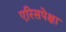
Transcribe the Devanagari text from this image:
एरिसपेक्षा